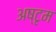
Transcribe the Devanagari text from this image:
अष्टृम